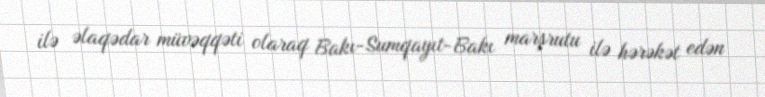
ilə əlaqədar müvəqqəti olaraq Bakı-Sumqayıt-Bakı marşrutu ilə hərəkət edən